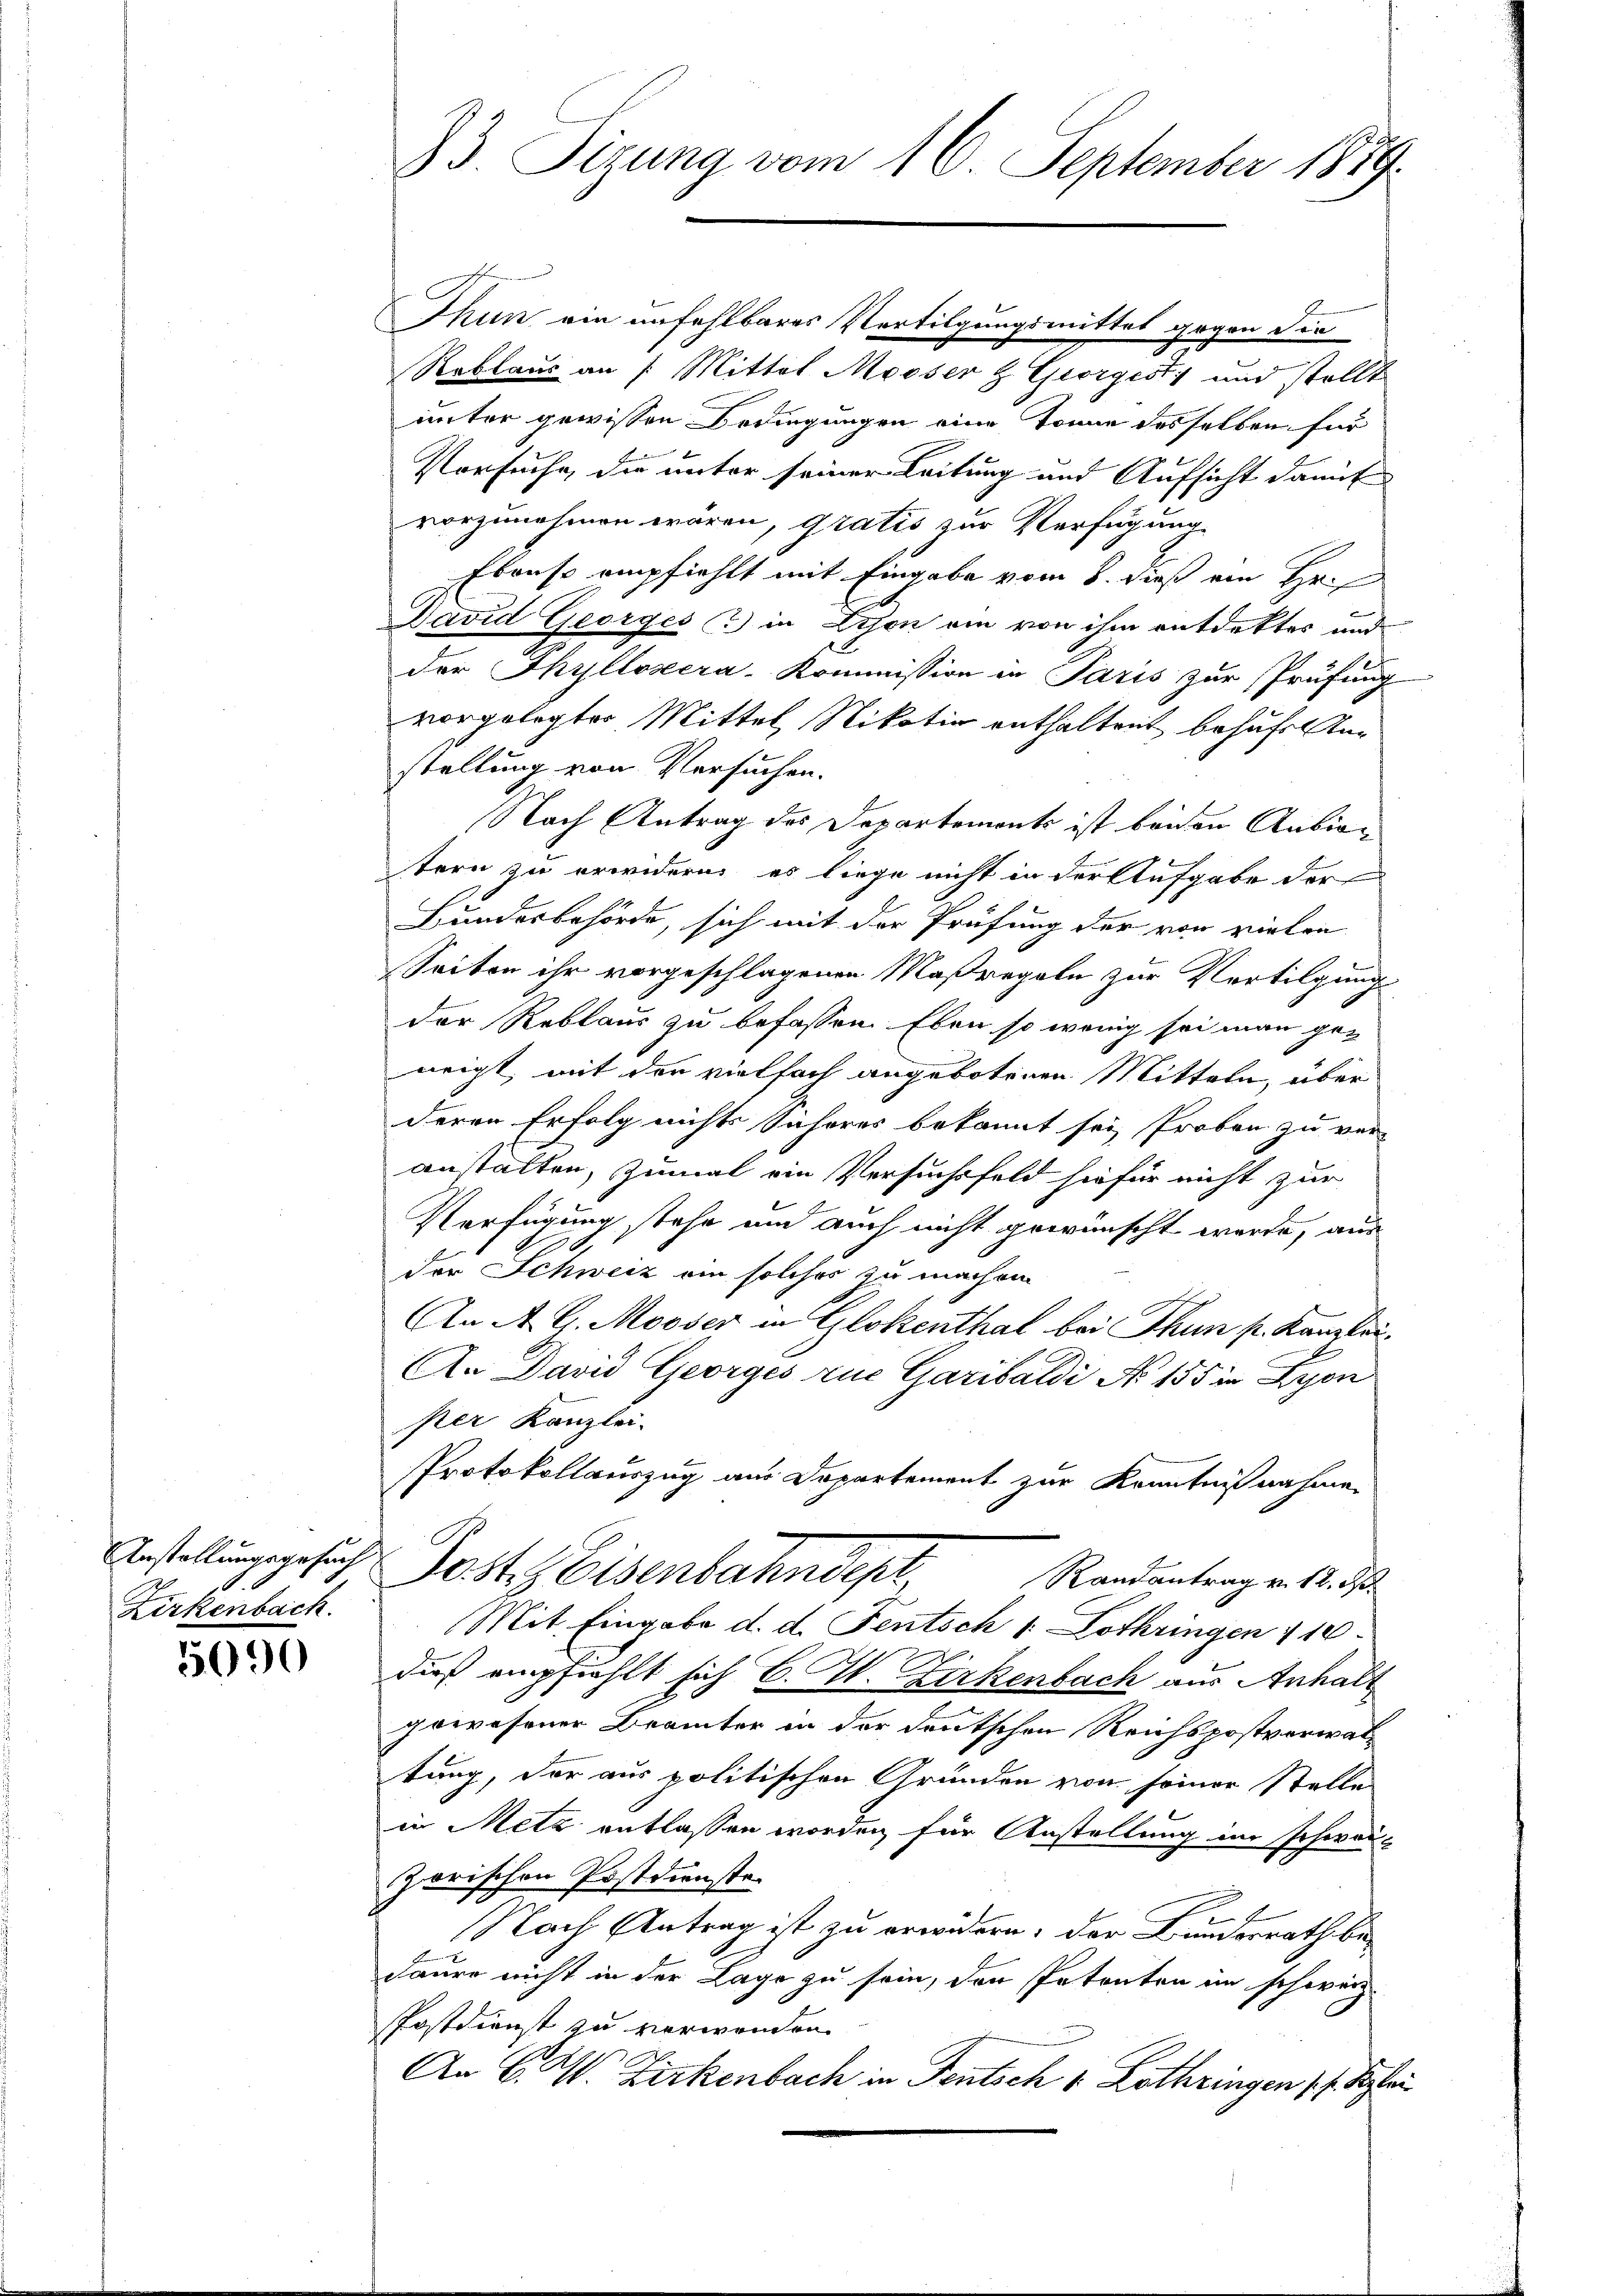
Anstellungsgesuch
Zirkenbach.

5090

73. Sizung vom 16. September 1879.

Thun ein unfehlbares Vertilgungsmittel gegen die
Reblaus an /: Mittel Messer & Georgesti und stellt
unter gewissen Bedingungen eine Tonne desselben für
Versuche, die unter seiner Leitung und Aufsicht damit |
vorzunehmen wären, gratis zur Verfügung.
Ebenso empfiehlt mit Eingabe vom 8. dieß ein Hr.
David Georges & in Schon am von ihm entdektes und
der Phyllosera-Kommission in Paris zur Prüfung
vorgelegter Mittel, Nikotiv enthaltent behufe anstellung von Versuchen.
Nach Antrag des Departements ist beiden Anbietern zu erwidern, es liege nicht in der Aufgabe der
Bundesbehörde, sich mit der Prüfung der von vielen
Seiten ihr vorgeschlagenen Maßregeln zur Vertilgung
der Reblaus zu befassen. Eben so wenig sei man geneigt, mit der vielfach angebotenen Mitteln, über
deren Erfolg nichts sicheres bekannt sei, Proben zu ver-
anstatten, zumal ein Versuchsfeld sie für nicht zur
Verfügung stehe und auch nicht gewünscht wurde, aus
der Schweiz ein solches zu machen
An A. G. Mooser in Glokenthal bei Thun p. Kanzlei¬
An David Georges zur Garibaldi No 155 in Lyon
per Kanzlei-
Protokollauszug aus Departement zur Kenntnißnahme
Jost Eisenbahndept,
Randantrag v. 12. d.
Mit Eingabe d. d. Fentsch 1 Lothringen 110
dieß empfiehlt sich B. I. Zirkenbach aus Anhalt
gewesener Brämter in der deutschen Reichspostverwaltung, der aus politischen Grunden von seiner Stelle
in Metz entlassen worden für Anstellung im schwarzorischen Postdienste.
Nach Antrag ist zu erwidern, der Bundesrath bedaure nicht in der Lage zu sein, den Petenten im schweiz.
PPostdienst zu verwenden.
An C. M. Zirkenbach in Fentsch 1 Lothringen Pf. Klei